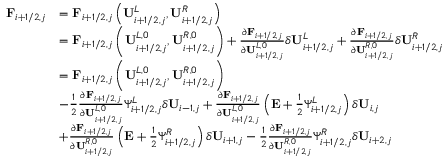
\begin{array} { r l } { \mathbf { F } _ { i + 1 / 2 , j } } & { = \mathbf { F } _ { i + 1 / 2 , j } \left( \mathbf { U } _ { i + 1 / 2 , j } ^ { L } , \mathbf { U } _ { i + 1 / 2 , j } ^ { R } \right) } \\ & { = \mathbf { F } _ { i + 1 / 2 , j } \left( \mathbf { U } _ { i + 1 / 2 , j } ^ { L , 0 } , \mathbf { U } _ { i + 1 / 2 , j } ^ { R , 0 } \right) + \frac { \partial \mathbf { F } _ { i + 1 / 2 , j } } { \partial \mathbf { U } _ { i + 1 / 2 , j } ^ { L , 0 } } \delta \mathbf { U } _ { i + 1 / 2 , j } ^ { L } + \frac { \partial \mathbf { F } _ { i + 1 / 2 , j } } { \partial \mathbf { U } _ { i + 1 / 2 , j } ^ { R , 0 } } \delta \mathbf { U } _ { i + 1 / 2 , j } ^ { R } } \\ & { = \mathbf { F } _ { i + 1 / 2 , j } \left( \mathbf { U } _ { i + 1 / 2 , j } ^ { L , 0 } , \mathbf { U } _ { i + 1 / 2 , j } ^ { R , 0 } \right) } \\ & { - \frac { 1 } { 2 } \frac { \partial \mathbf { F } _ { i + 1 / 2 , j } } { \partial \mathbf { U } _ { i + 1 / 2 , j } ^ { L , 0 } } \Psi _ { i + 1 / 2 , j } ^ { L } \delta \mathbf { U } _ { i - 1 , j } + \frac { \partial \mathbf { F } _ { i + 1 / 2 , j } } { \partial \mathbf { U } _ { i + 1 / 2 , j } ^ { L , 0 } } \left( \mathbf { E } + \frac { 1 } { 2 } \Psi _ { i + 1 / 2 , j } ^ { L } \right) \delta \mathbf { U } _ { i , j } } \\ & { + \frac { \partial \mathbf { F } _ { i + 1 / 2 , j } } { \partial \mathbf { U } _ { i + 1 / 2 , j } ^ { R , 0 } } \left( \mathbf { E } + \frac { 1 } { 2 } \Psi _ { i + 1 / 2 , j } ^ { R } \right) \delta \mathbf { U } _ { i + 1 , j } - \frac { 1 } { 2 } \frac { \partial \mathbf { F } _ { i + 1 / 2 , j } } { \partial \mathbf { U } _ { i + 1 / 2 , j } ^ { R , 0 } } \Psi _ { i + 1 / 2 , j } ^ { R } \delta \mathbf { U } _ { i + 2 , j } } \end{array}